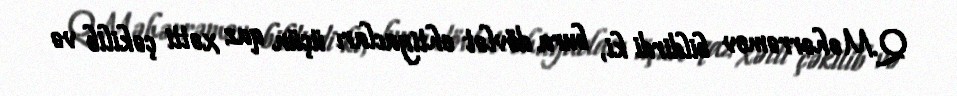
Q.Məhərrəmov bildirdi ki, bura dövlət ehtiyacları üçün qaz xətti çəkilib və